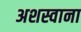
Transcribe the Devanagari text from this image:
अशस्वाना